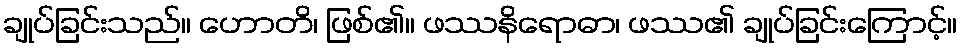
ချုပ်ခြင်းသည်။ ဟောတိ၊ ဖြစ်၏။ ဖဿနိရောဓာ၊ ဖဿ၏ ချုပ်ခြင်းကြောင့်။